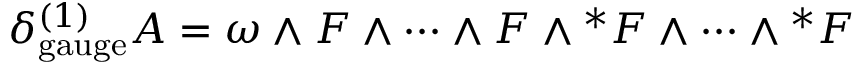
\delta _ { \mathrm { g a u g e } } ^ { ( 1 ) } A = \omega \wedge F \wedge \dots \wedge F \wedge { ^ * F } \wedge \dots \wedge { ^ * F }